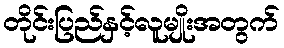
တိုင်းပြည်နှင့်လူမျိုးအတွက်